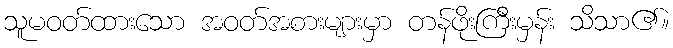
သူမဝတ်ထားသော အဝတ်အစားများမှာ တန်ဖိုးကြီးမှန်း သိသာ၏။